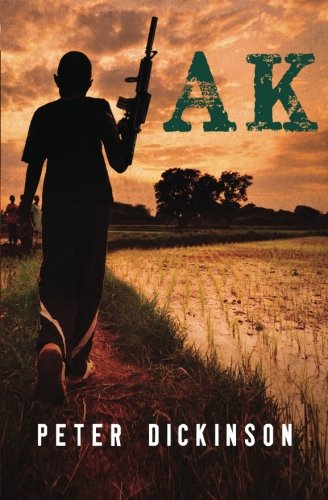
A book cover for AK; Peter Dickinson; Teen & Young Adult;